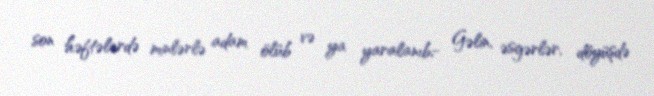
son həftələrdə minlərlə adam ölüb və ya yaralanıb;- Gəlin, əsgərlər, döyüşdə